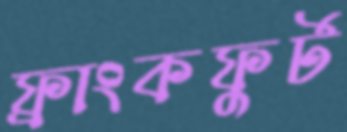
ফ্রাংকফুর্ট